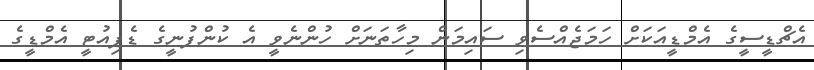
އެޗްޑީސީގެ އެމްޑީއަކަށް ހަމަޖެއްސެވި ސައިމަން މިހާތަނަށް ހުންނެވީ އެ ކުންފުނީގެ ޑެޕިއުޓީ އެމްޑީގެ